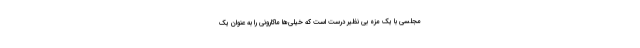
مجلسی با یک مزه بی نظیر درست است که خیلی‌ها ماکارونی را به عنوان یک